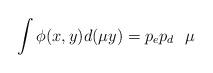
LaTeX: \begin{align*}\int \phi(x,y)d(\mu y)=p_ep_d \ \ \mu \end{align*}